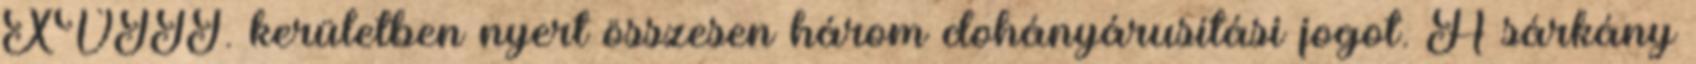
XVIII. kerületben nyert összesen három dohányárusítási jogot. A sárkány